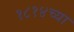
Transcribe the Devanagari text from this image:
१८१४च्या